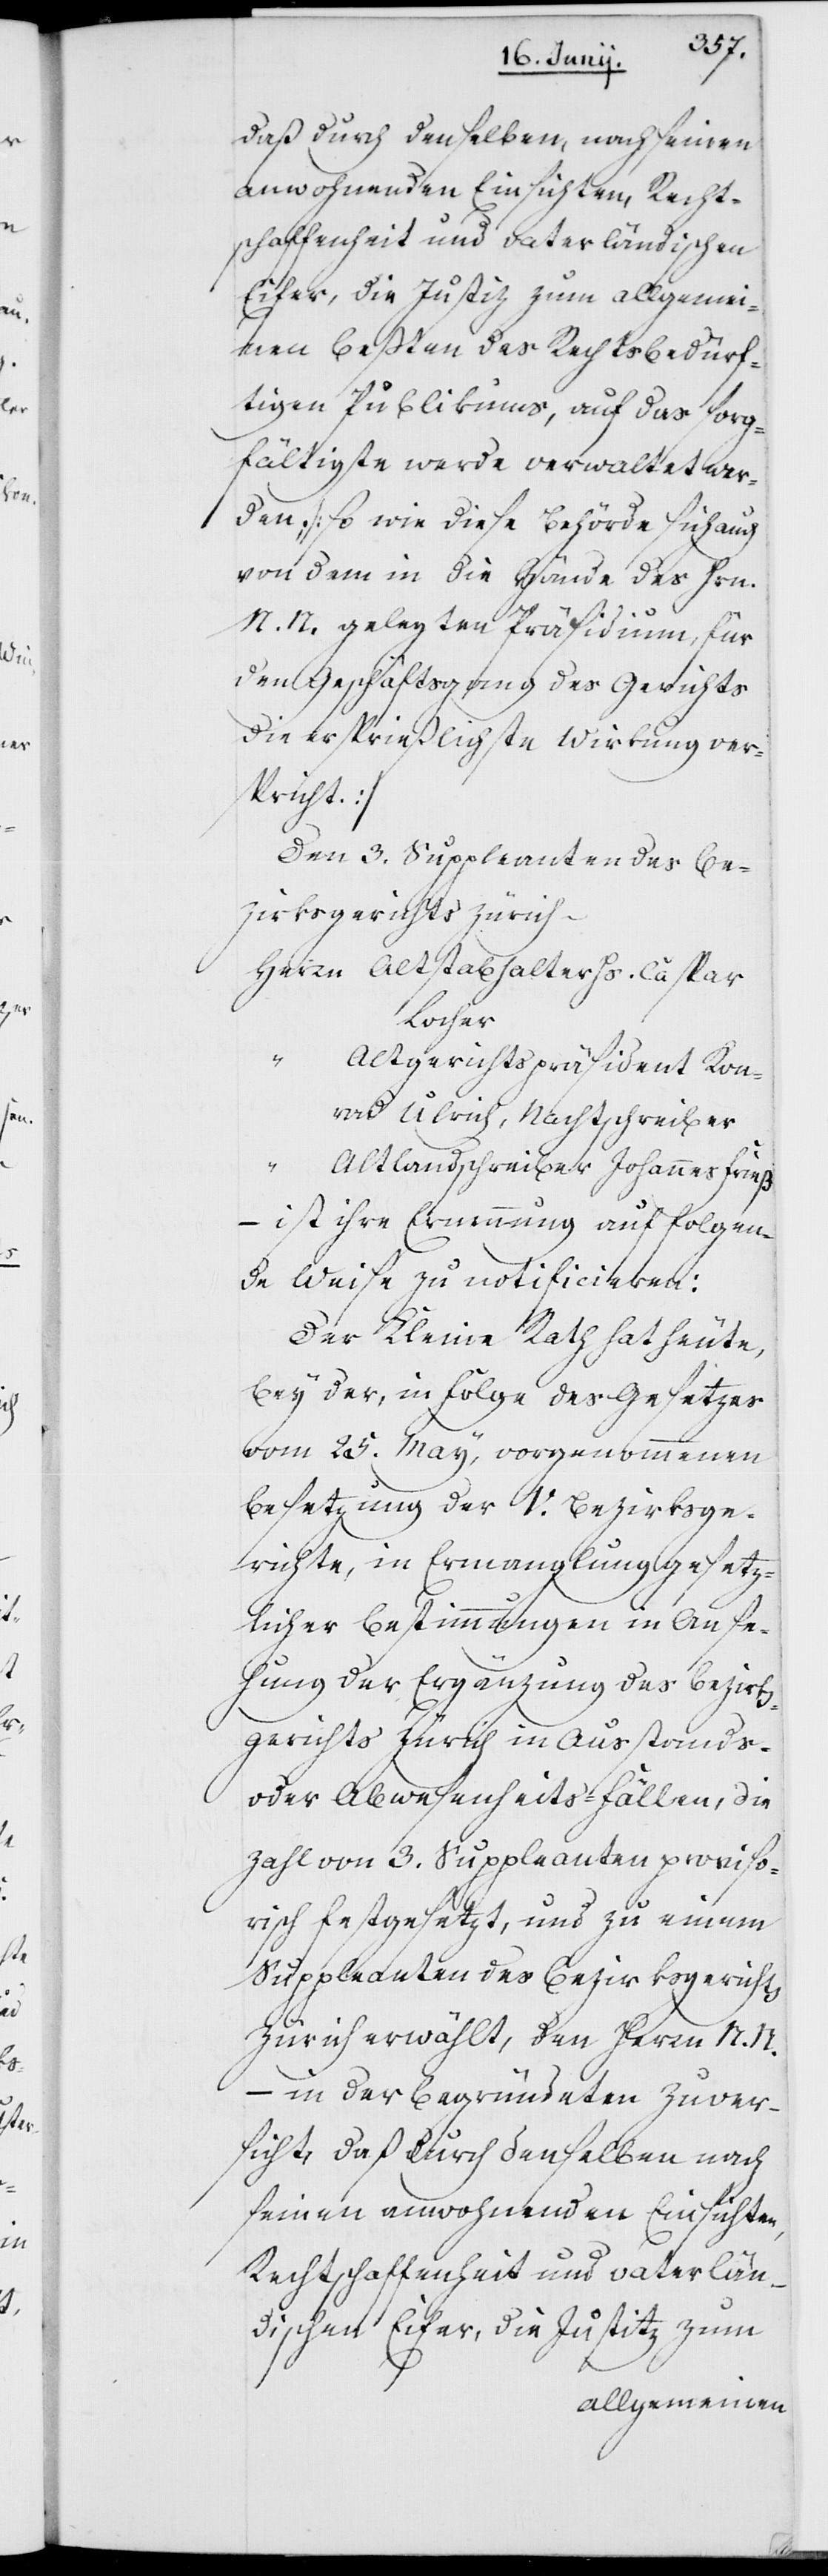
daß durch denselben, nach seinen
anwohnenden Einsichten, Recht¬
schaffenheit und vaterländischen
Eifer, die Justiz zum allgemei¬
nen Beßten des rechtsbedürf¬
tigen Publikums, auf das sorg¬
fältigste werde verwaltet wer¬
den; (so wie diese Behörde sich auch
von dem in die Hände des Hrn.
N. N. gelegten Präsidium, für
den Geschäftsgang des Gerichts
die ersprießlichste Wirkung vers¬
pricht).
Herrn Altstatthalter Hs. Caspar
Locher
" Altgerichtspräsident Kon¬
rad Ulrich, Nachtschreiber
Zürich –
Altlandschreiber Johannes Frieß
– ist ihre Ernennung auf folgen¬
de Weise zu notificieren:
Der Kleine Rath hat heute,
bey der, in Folge des Gesetzes
vom 25. May vorgenommenen
Besetzung der V. Bezirksge¬
richte, in Ermanglung gesetz¬
licher Bestimmungen in Anse¬
hung der Ergänzung des Bezirks¬
gerichts Zürich in Ausstands-
oder Abwesenheits-Fällen, die
Zahl von drey Suppleanten proviso¬
risch festgesetzt, und zu einem
Suppleanten des Bezirksgerichts
Zürich erwählt, den Herrn N. N.
– in der begründeten Zuver¬
sicht, daß durch denselben nach
seinen anwohnenden Einsichten,
Rechtschaffenheit und vaterlän¬
dischen Eifer, die Justitz zum